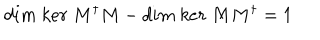
LaTeX: d i m \ k e r \ M ^ { \dagger } M - d i m \ k e r \ M M ^ { \dagger } = 1